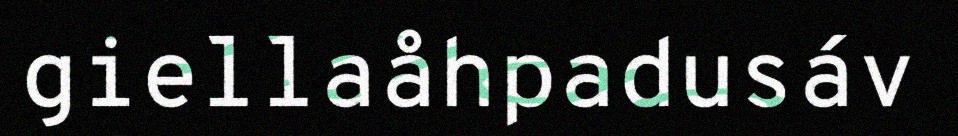
giellaåhpadusáv